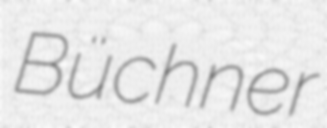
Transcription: Büchner